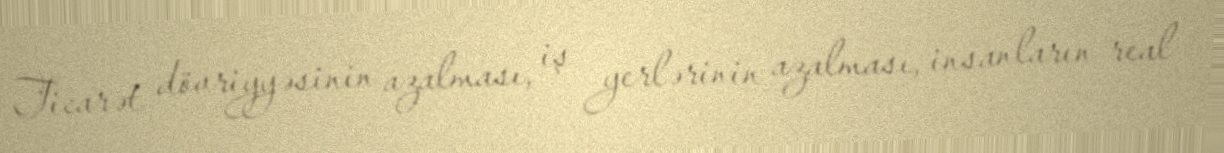
Ticarət dövriyyəsinin azalması, iş yerlərinin azalması, insanların real